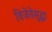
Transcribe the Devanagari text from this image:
विजेतेसुद्धा